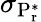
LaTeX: \sigma_{\mathrm{P_{r}^{*}}}